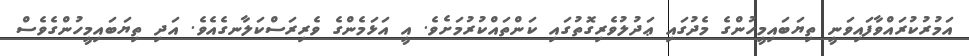
އަމުރުކުރައްވާފައިވަނީ ތިޔަބައިމީހުންގެ މެދުގައި ޢަދުލުވެރިގޮތުގައި ކަންތައްކުރުމަށެވެ. އީ އަޅަމެންގެ ވެރިރަސްކަލާނގެއެވެ. އަދި ތިޔަބައިމީހުންގެވެސް